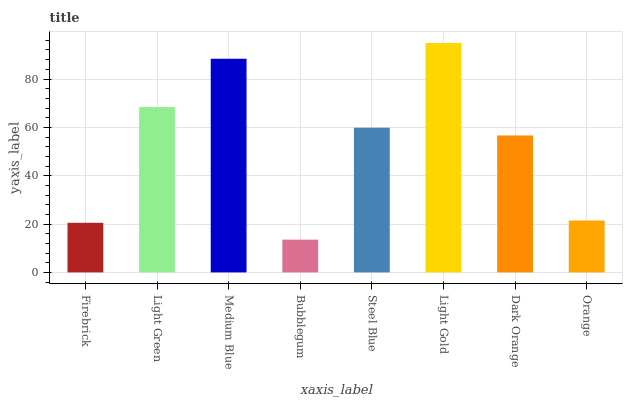
| xaxis_label | bars |
 | --- | --- |
 | Firebrick | 20.5 |
 | Light Green | 68.4 |
 | Medium Blue | 88.4 |
 | Bubblegum | 13.5 |
 | Steel Blue | 59.9 |
 | Light Gold | 94.9 |
 | Dark Orange | 56.6 |
 | Orange | 21.5 |